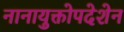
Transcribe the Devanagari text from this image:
नानायुक्तोपदेशेन